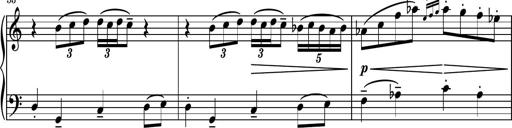
Title: Piano Sonatina No.3
Composer: Dimitri Sykias
Key: C major